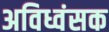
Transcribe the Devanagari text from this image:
अविध्वंसक